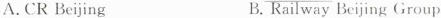
A.CR Beijing B. Railway Beijing Group